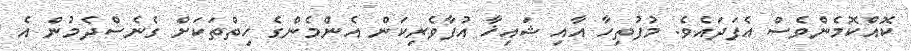
ކޮއްކޮމެންވެސް އެފަދައެވެ. މުފުތިހާ އާއި ޝައިޚާ އުފާވެރިކަން އެންމެންގެ ހިތްތަކަށް ގެނެސްދެމުން އެ